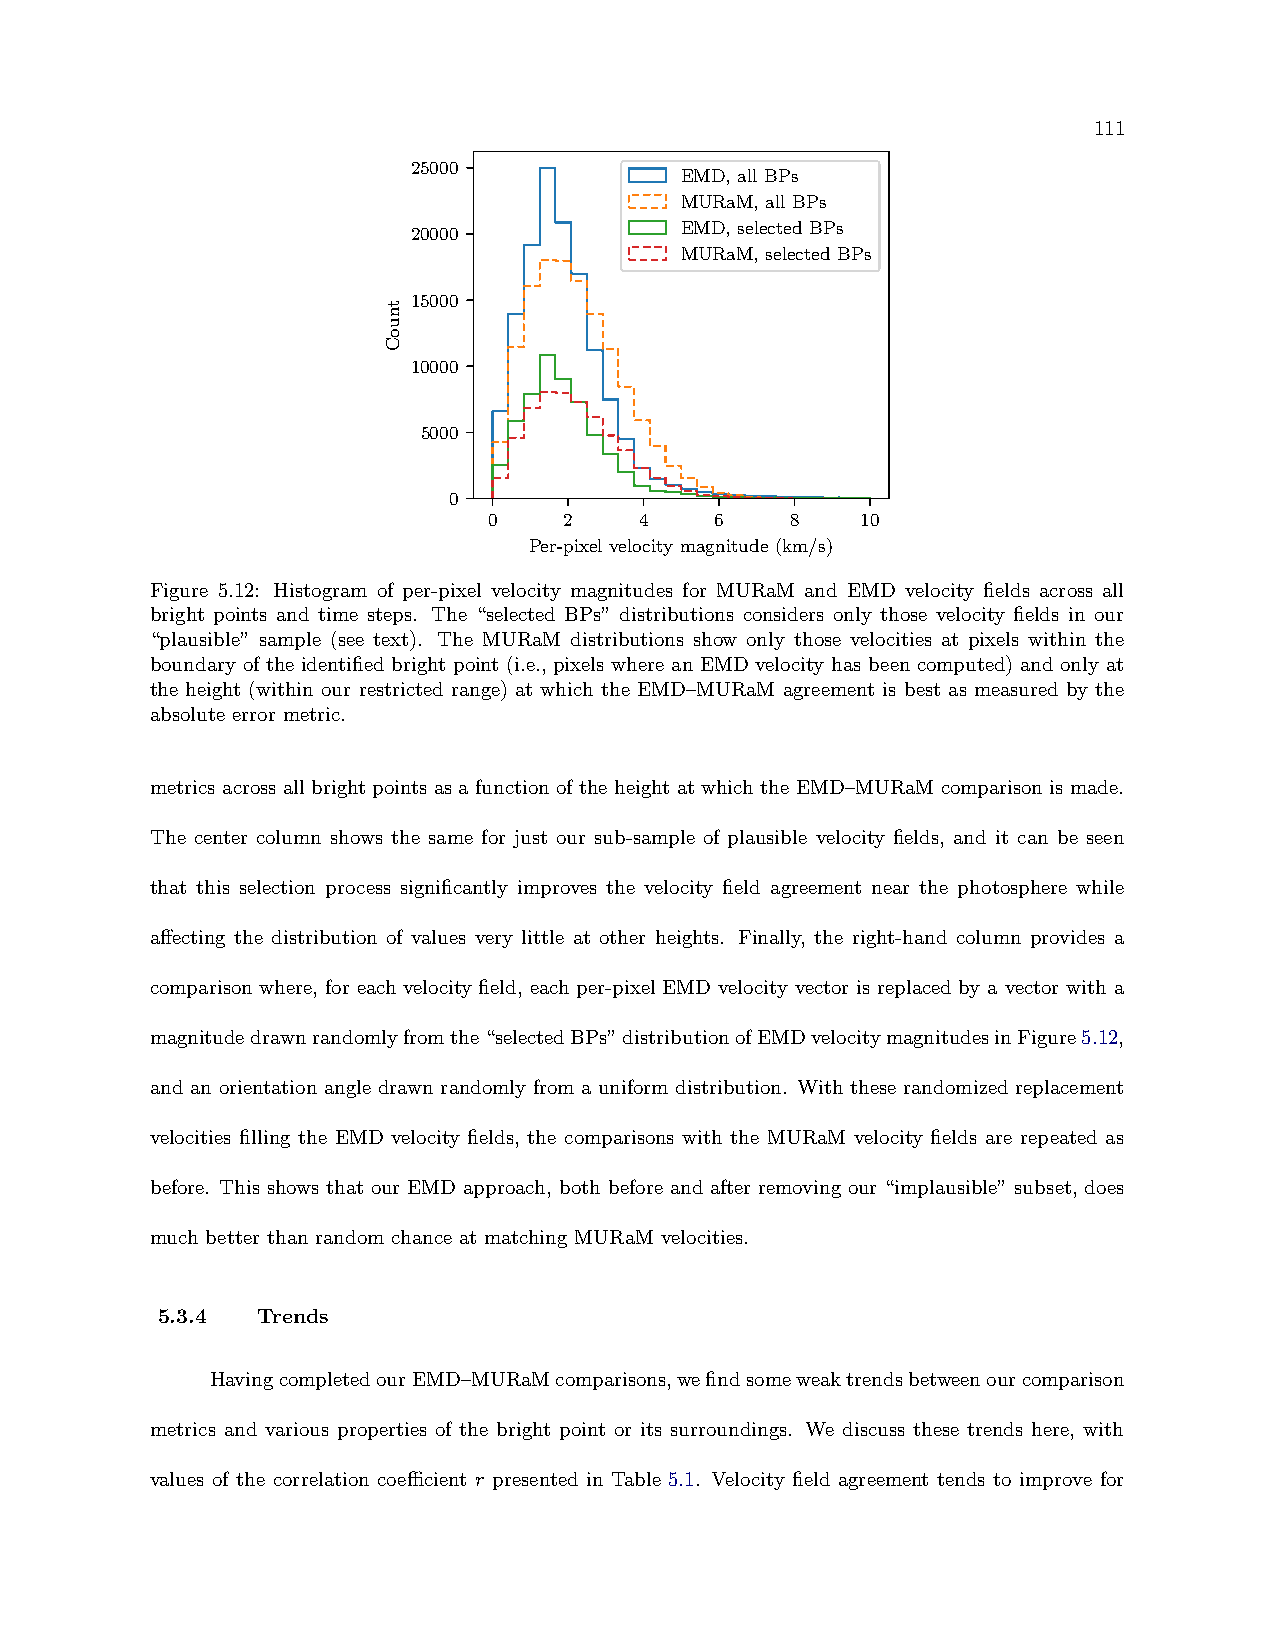
111
 25000
 EMD, all BPs
 MURaM, all BPs
 EMD, selected BPs
 20000
 MURaM, selected BPs
 15000
 10000
 5000
 0
 0    2    4    6    8    10
 Per-pixel velocity magnitude (km/s)
 Figure 5.12: Histogram of per-pixel velocity magnitudes for MURaM and EMD velocity fields across all
 bright points and time steps. The “selected BPs” distributions considers only those velocity fields in our
 “plausible” sample (see text). The MURaM distributions show only those velocities at pixels within the
 boundary of the identified bright point (i.e., pixels where an EMD velocity has been computed) and only at
 the height (within our restricted range) at which the EMD–MURaM agreement is best as measured by the
 absolute error metric.
 metrics across all bright points as a function of the height at which the EMD–MURaM comparison is made.
 The center column shows the same for just our sub-sample of plausible velocity fields, and it can be seen
 that this selection process significantly improves the velocity field agreement near the photosphere while
 affecting the distribution of values very little at other heights. Finally, the right-hand column provides a
 comparison where, for each velocity field, each per-pixel EMD velocity vector is replaced by a vector with a
 magnitudedrawnrandomlyfromthe“selectedBPs”distributionofEMDvelocitymagnitudesinFigure5.12,
 and an orientation angle drawn randomly from a uniform distribution. With these randomized replacement
 velocities filling the EMD velocity fields, the comparisons with the MURaM velocity fields are repeated as
 before. This shows that our EMD approach, both before and after removing our “implausible” subset, does
 much better than random chance at matching MURaM velocities.
 5.3.4  Trends
 HavingcompletedourEMD–MURaMcomparisons,wefindsomeweaktrendsbetweenourcomparison
 metrics and various properties of the bright point or its surroundings. We discuss these trends here, with
 values of the correlation coefficient r presented in Table 5.1. Velocity field agreement tends to improve for
 tnuoC